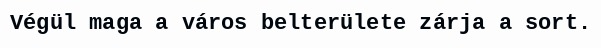
Végül maga a város belterülete zárja a sort.